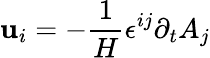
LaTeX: \mathbf{u}_{i}=-\frac{{1}}{{H}}\epsilon^{ij}\partial_{t}{A}_{j}